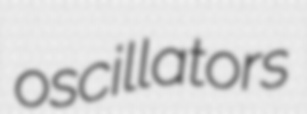
oscillators